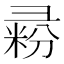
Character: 𰐥